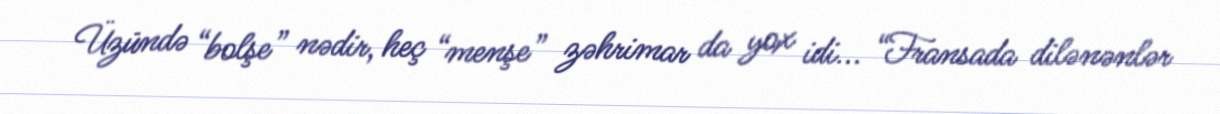
Üzündə “bolşe” nədir, heç “menşe” zəhrimar da yox idi... “Fransada dilənənlər